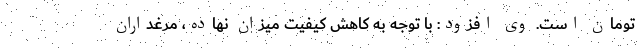
تومان است. وی افزود: با توجه به کاهش کیفیت میزان نهاده، مرغداران